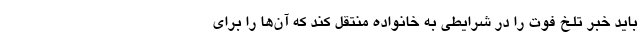
باید خبر تلخ فوت را در شرایطی به خانواده منتقل کند که آن‌ها را برای